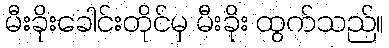
မီးခိုးခေါင်းတိုင်မှ မီးခိုး ထွက်သည်။